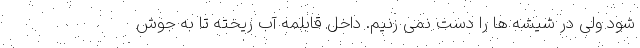
شود ولی در شیشه ها را دست نمی زنیم. داخل قابلمه آب ریخته تا به جوش